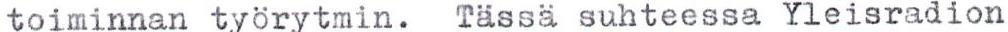
toiminnan työrytmin. Tässä suhteessa Yleisradion